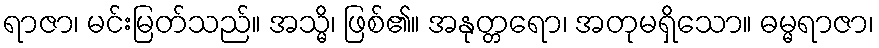
ရာဇာ၊ မင်းမြတ်သည်။ အသ္မိ၊ ဖြစ်၏။ အနုတ္တရော၊ အတုမရှိသော။ ဓမ္မရာဇာ၊